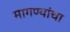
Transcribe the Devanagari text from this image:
मागण्यांचा